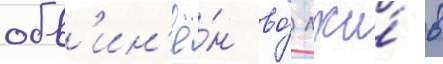
обв'ин'ё́н во́ лжи́ в